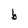
Character: b